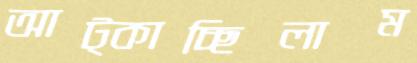
আট্‌কাচ্ছিলাম